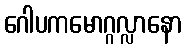
ဂေါပကမောဂ္ဂလ္လာနော